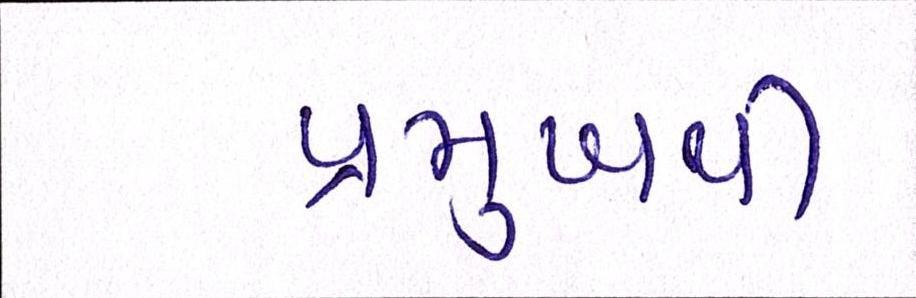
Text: પ્રમુખથી